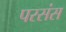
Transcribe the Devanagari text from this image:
परसंस